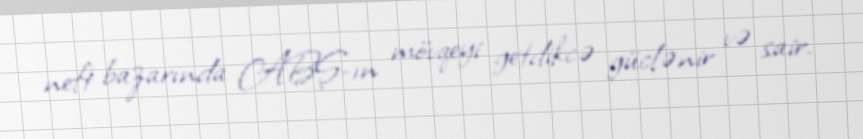
neft bazarında ABŞ-ın mövqeyi getdikcə güclənir və sair.